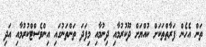
ތަން އެހެން ފަރާތްތަކަށް ކުއްޔަށް ދޫކުރުމާއި ދިނުމާއި މިފަދަ ތަންތަނުގައި އިންވެސްޓްކުރުމާއި އަދި